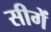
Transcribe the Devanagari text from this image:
सीगें